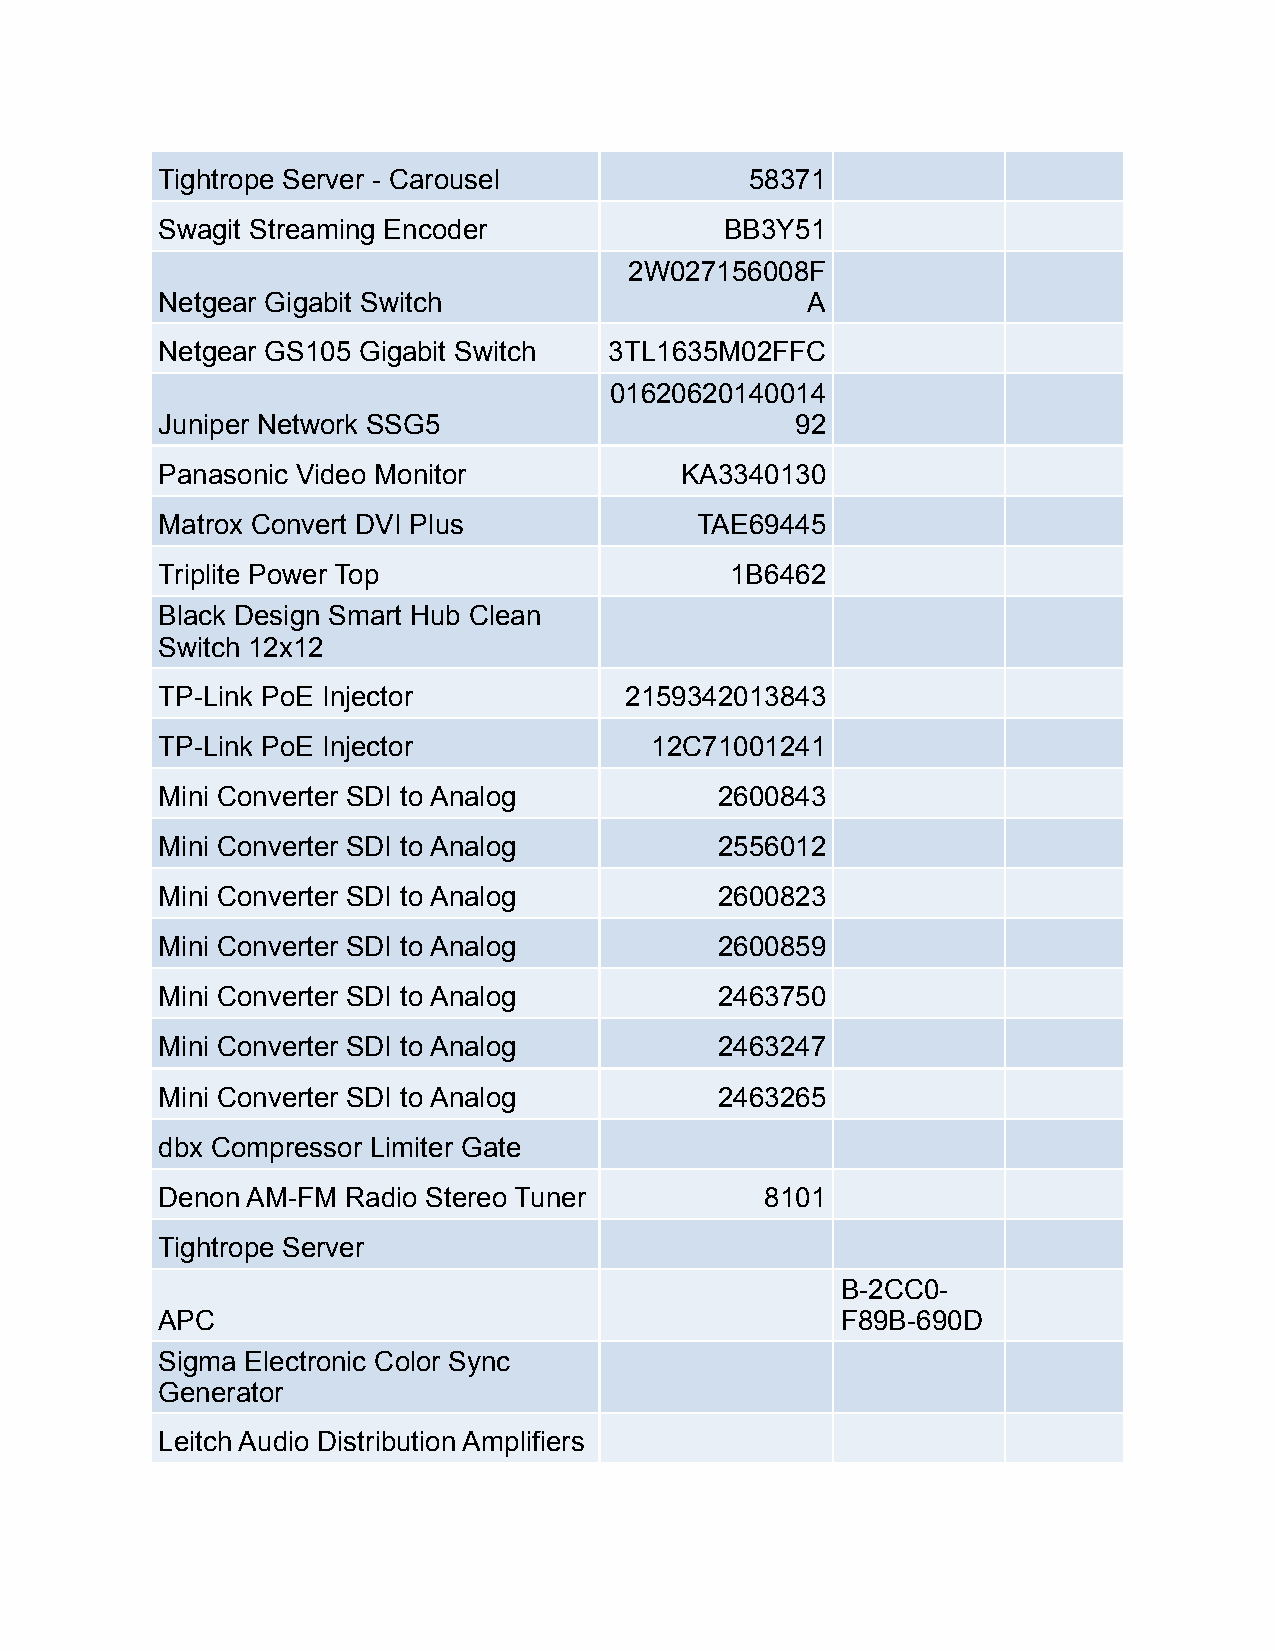
Tightrope Server - Carousel             58371
 Swagit Streaming Encoder              BB3Y51
 2W027156008F
 Netgear Gigabit Switch                     A
 Netgear GS105 Gigabit Switch  3TL1635M02FFC
 01620620140014
 Juniper Network SSG5                       92
 Panasonic Video Monitor            KA3340130
 Matrox Convert DVI Plus             TAE69445
 Triplite Power Top                    1B6462
 Black Design Smart Hub Clean
 Switch 12x12
 TP-Link PoE Injector           2159342013843
 TP-Link PoE Injector             12C71001241
 Mini Converter SDI to Analog          2600843
 Mini Converter SDI to Analog          2556012
 Mini Converter SDI to Analog          2600823
 Mini Converter SDI to Analog          2600859
 Mini Converter SDI to Analog          2463750
 Mini Converter SDI to Analog          2463247
 Mini Converter SDI to Analog          2463265
 dbx Compressor Limiter Gate
 Denon AM-FM  Radio Stereo Tuner          8101
 Tightrope Server
 B-2CC0-
 APC                                           F89B-690D
 Sigma Electronic Color Sync
 Generator
 Leitch Audio Distribution Amplifiers